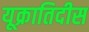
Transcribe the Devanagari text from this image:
यूक्रातिदीस